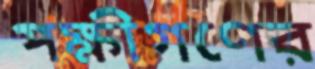
পক্ষীগণের